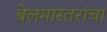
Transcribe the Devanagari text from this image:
बेलमास्तरांचा